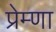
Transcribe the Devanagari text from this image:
प्रेम्णा